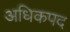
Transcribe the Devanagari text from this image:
अधिकपद